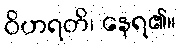
ဝိဟရတိ၊ နေရ၏။